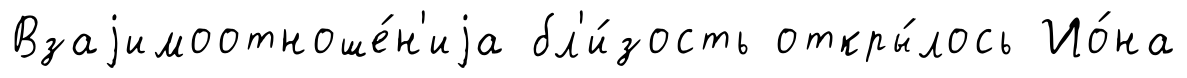
Взаjимоотноше́н'иjа бл'и́зость откры́лось Ио́на